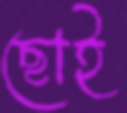
ছোই